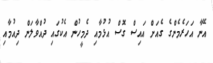
އޭނާ އަހަރެމެންގެ ގެއަށް އައިސް ގޮސް އުޅުމާއި ދެމީހުން އެކުގައި ދުއްވާލަން ދިއުމާއި